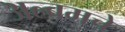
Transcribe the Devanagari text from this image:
अल्बमचे